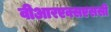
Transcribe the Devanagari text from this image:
वीआरएक्सएससी